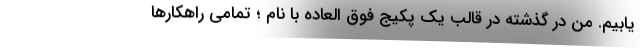
یابیم. من در گذشته در قالب یک پکیج فوق العاده با نام ؛ تمامی راهکارها